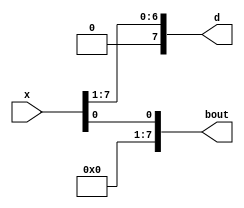
module divider(x,d,bout);

	input [7:0]x;
	output [7:0]d, bout;

	assign d[0]=x[1];
	assign d[1]=x[2];
	assign d[2]=x[3];
	assign d[3]=x[4];
	assign d[4]=x[5];
	assign d[5]=x[6];
	assign d[6]=x[7];
	assign d[7]=0;
	assign bout=x[0];
	

endmodule